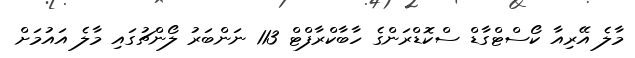
މާލެ އޭރިއާ ކޯސްޓްގާޑް ސްކޮޑްރަންގެ ހާބާކްރާފްޓް 113 ނަންބަރު ލޯންޗުގައި މާލެ އައުމަށް